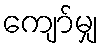
ကျော်မျှ